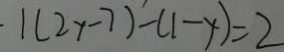
1 ( 2 x - 7 ) - ( 1 - y ) = 2